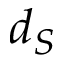
d _ { S }